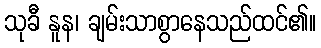
သုခီ နူန၊ ချမ်းသာစွာနေသည်ထင်၏။